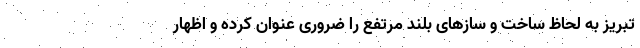
تبریز به لحاظ ساخت و سازهای بلند مرتفع را ضروری عنوان کرده و اظهار